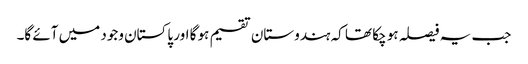
جب یہ فیصلہ ہو چکا تھا کہ ہندوستان تقسیم ہو گا اور پاکستان وجود میں آئے گا۔